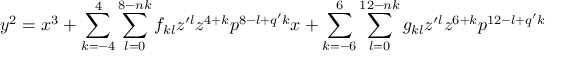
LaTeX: y ^ { 2 } = x ^ { 3 } + \sum _ { k = - 4 } ^ { 4 } \sum _ { l = 0 } ^ { 8 - n k } f _ { k l } z ^ { \prime l } z ^ { 4 + k } p ^ { 8 - l + q ^ { \prime } k } x + \sum _ { k = - 6 } ^ { 6 } \sum _ { l = 0 } ^ { 1 2 - n k } g _ { k l } z ^ { \prime l } z ^ { 6 + k } p ^ { 1 2 - l + q ^ { \prime } k }